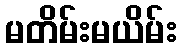
မတိမ်းမယိမ်း